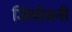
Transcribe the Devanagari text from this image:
जियोवनी